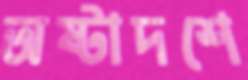
অষ্টাদশে